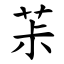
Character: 茮